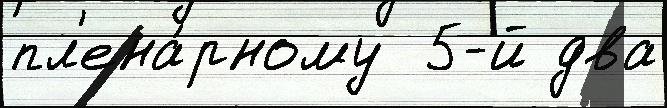
пл'ена́рному  5-й два